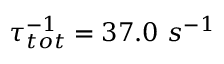
\tau _ { t o t } ^ { - 1 } = 3 7 . 0 ~ s ^ { - 1 }